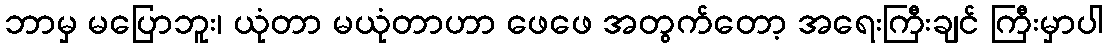
ဘာမှ မပြောဘူး၊ ယုံတာ မယုံတာဟာ ဖေဖေ အတွက်တော့ အရေးကြီးချင် ကြီးမှာပါ